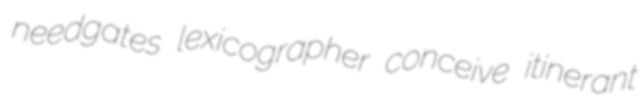
needgates lexicographer conceive itinerant